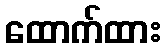
ထောက်ထား